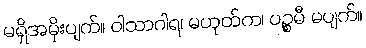
မရှိအမိုးပျက်။ ဝါသာဂါရ၊ မဟုတ်က၊ ပဉ္စမီ မပျက်။